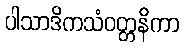
ပါသာဒိကသံဝတ္တနိကာ